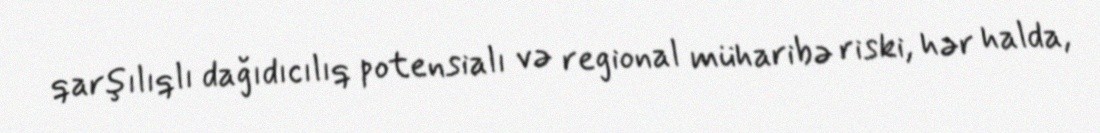
qarşılıqlı dağıdıcılıq potensialı və regional müharibə riski, hər halda,